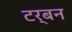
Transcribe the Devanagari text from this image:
टर्बन